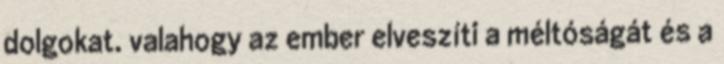
dolgokat. valahogy az ember elveszíti a méltóságát és a